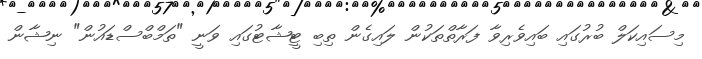
މިސައިކަލް ބުރުގައި ބައިވެރިވާ ފަރާތްތަކުން ލައިގެން ތިބި ޓީޝާޓުގައި ވަނީ "ތަމްބްސްޑައުން" ނިޝާން